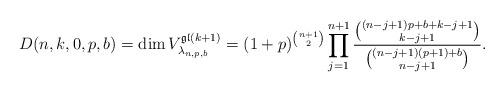
LaTeX: \begin{gather*}D(n,k,0,p,b)= \dim V_{\lambda_{n,p,b}}^{\mathfrak{gl}(k+1)}=(1+p)^{{n+1 \choose 2}} \prod_{j=1}^{n+1} {{(n-j+1)p+b+k-j+1 \choose k-j+1}\over {(n-j+1)(p+1)+b \choose n-j+1}} .\end{gather*}